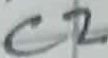
Text: C2